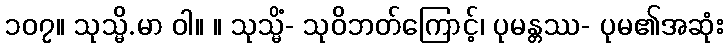
၁၀၇။ သုသ္မိ.မာ ဝါ။ ။ သုသ္မိံ- သုဝိဘတ်ကြောင့်၊ ပုမန္တဿ- ပုမ၏အဆုံး